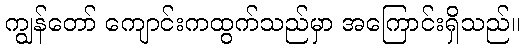
ကျွန်တော် ကျောင်းကထွက်သည်မှာ အကြောင်းရှိသည်။